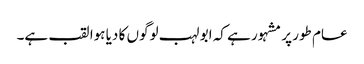
عام طور پر مشہور ہے کہ ابو لہب لوگوں کا دیا ہوا لقب ہے۔